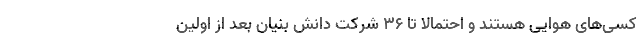
کسی‌های هوایی هستند و احتمالاً تا ۳۶ شرکت دانش بنیان بعد از اولین